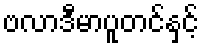
ဗလာဒီမာပူတင်နှင့်